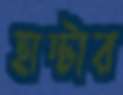
হান্টার